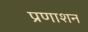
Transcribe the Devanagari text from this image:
प्रणाशन